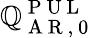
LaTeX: \mathbb{Q}_{\mathrm{{~A~R~,~0~}}}^{\mathrm{{~P~U~L~}}}